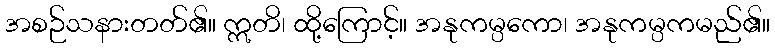
အစဉ်သနားတတ်၏။ ဣတိ၊ ထို့ကြောင့်။ အနုကမ္ပကော၊ အနုကမ္ပကမည်၏။